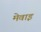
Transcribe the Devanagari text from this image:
मेवाइ